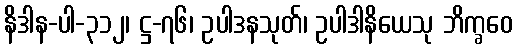
နိဒါန-ပါ-၃၁၂၊ ဋ္ဌ-၇၆၊ ဥပါဒနသုတ်၊ ဥပါဒါနိယေသု ဘိက္ခဝေ